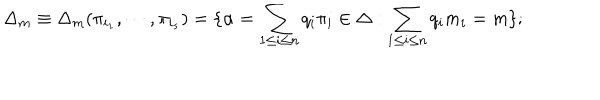
\Delta _ { m } \equiv \Delta _ { m } ( \pi _ { i _ { 1 } } , \cdots , \pi _ { i _ { s } } ) = \{ \alpha = \sum _ { 1 \leq i \leq n } q _ { i } \pi _ { i } \in \Delta : \sum _ { 1 \leq i \leq n } q _ { i } m _ { i } = m \} ;